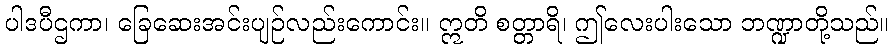
ပါဒပီဌကာ၊ ခြေဆေးအင်းပျဉ်လည်းကောင်း။ ဣတိ စတ္တာရိ၊ ဤလေးပါးသော ဘဏ္ဍာတို့သည်။